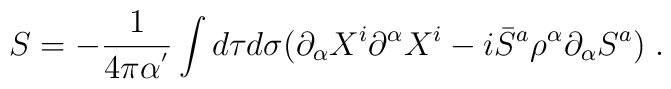
S=-\frac{1}{4\pi\alpha^{'}}\int d\tau d\sigma (\partial_{\alpha}X^{i}\partial^{\alpha}X^{i}-i\bar{S}^{a}\rho^{\alpha}\partial_{\alpha}S^{a})\;.